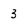
Character: 3